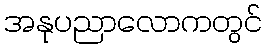
အနုပညာလောကတွင်